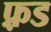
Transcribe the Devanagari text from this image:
फ़्रड